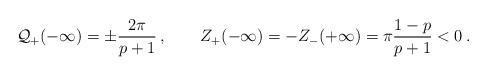
LaTeX: \begin{align*}\displaystyle {\cal Q}_{+}(-\infty )=\pm \frac{2\pi }{p+1}\: ,\qquad Z_{+}(-\infty )=-Z_{-}(+\infty )=\pi \frac{1-p}{p+1}<0\: .\end{align*}